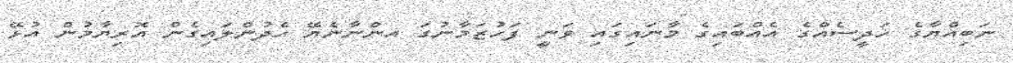
ނަބިއްޔާގެ ހަދީސެއްގެ އެއްބައިގެ މާނައިގައި ވަނީ ފަހުޒަމާނުގަ އންނާނެޔޭ ހެދުންލައިގެން އޮރިޔާމުން އުޅޭ